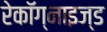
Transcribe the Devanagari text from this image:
रेकॉग्नाइज्ड